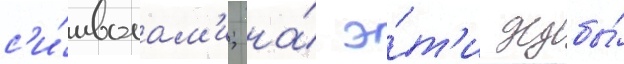
с'и́мволам'и; на́ э́т'и дубы́